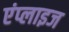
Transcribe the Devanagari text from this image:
एंप्लाइज